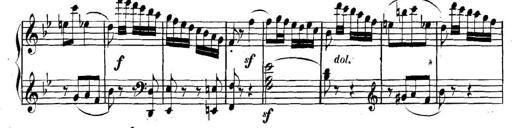
Title: Collected Piano Sonatas
Composer: Muzio Clementi